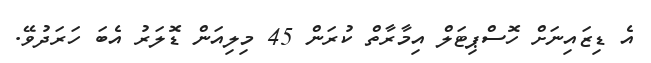
އެ ޑިޒައިނަށް ހޮސްޕިޓަލް އިމާރާތް ކުރަން 45 މިލިއަން ޑޮލަރު އެބަ ހަރަދުވޭ.